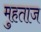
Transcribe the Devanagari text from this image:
मुहताज